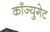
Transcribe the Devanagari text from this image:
काँज्युगेट